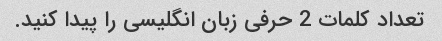
تعداد کلمات 2 حرفی زبان انگلیسی را پیدا کنید.